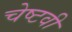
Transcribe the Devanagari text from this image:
चेष्टवी